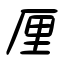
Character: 厘